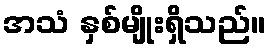
အသံ နှစ်မျိုးရှိသည်။